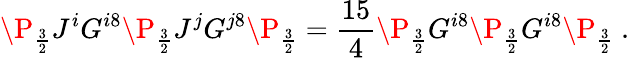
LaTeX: \P_{\frac{3}{2}}J^{i}G^{i8}\P_{\frac{3}{2}}J^{j}G^{j8}\P_{\frac{3}{2}}={\frac{15}{4}}\P_{\frac{3}{2}}G^{i8}\P_{\frac{3}{2}}G^{i8}\P_{\frac{3}{2}}\ .